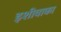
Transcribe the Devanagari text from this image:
इशीवाका